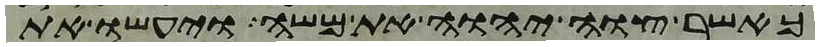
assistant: כאשר צוה יהוה את משה ויעשו את